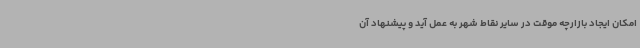
امکان ایجاد بازارچه موقت در سایر نقاط شهر به عمل آید و پیشنهاد آن